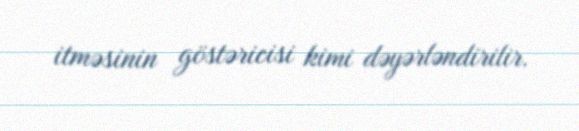
itməsinin göstəricisi kimi dəyərləndirilir.